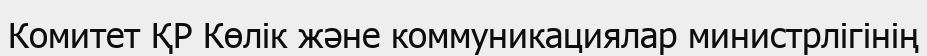
Комитет ҚР Көлік және коммуникациялар министрлігінің